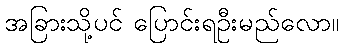
အခြားသို့ပင် ပြောင်းရဦးမည်လော။